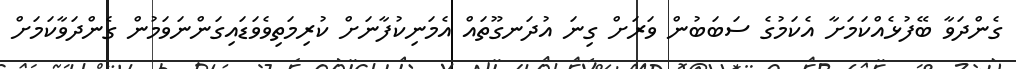
ގެންދަވާ ބޭފުޅެއްކަމަށާ އެކަމުގެ ސަަބަބުން ވަރަށް ގިނަ އުދަނގޫތައް އެމަނިކުފާނަށް ކުރިމަތިވެވަޑައިގަންނަވަމުން ގެންދަވާކަމަށް